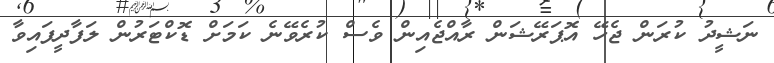
ނަޝީދު ކުރަން ޖެހޭ އޮޕަރޭޝަން ރާއްޖެއިން ވެސް ކުރެވޭނެ ކަމަށް ޑޮކްޓަރުން ލަފާދީފައިވާ